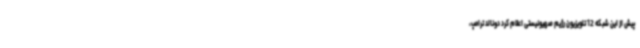
پیش از این شبکه 12 تلویزیون رژیم صهیونیستی اعلام کرد دونالد ترامپ،